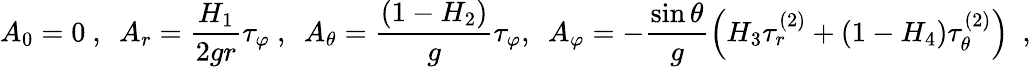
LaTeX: A_{0}=0\ ,\ \ A_{r}=\frac{H_{1}}{2gr}\tau_{\varphi}\ ,\ \ A_{\theta}=\frac{\left(1-H_{2}\right)}{g}\tau_{\varphi},\ \ A_{\varphi}=-\frac{\sin\theta}{g}\left(H_{3}\tau_{r}^{(2)}+\left(1-H_{4}\right)\tau_{\theta}^{(2)}\right)\ \ ,